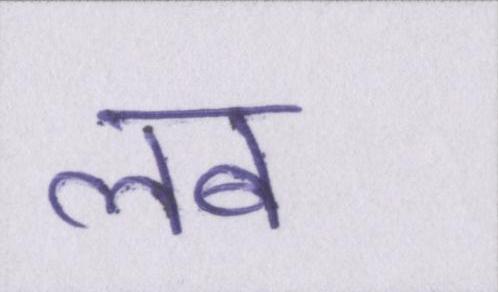
लब